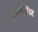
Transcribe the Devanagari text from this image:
एलखोजेंडर